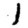
Digit: 1